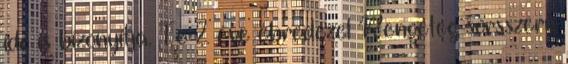
idő is bizonyítja. Te 2 éve ébredezel Rengeteg sorsszerű